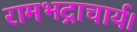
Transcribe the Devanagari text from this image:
रामभद्राचार्य।